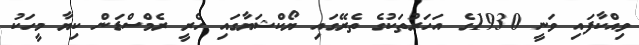
ވިއްކާފައި ވަނީ 1930ގެ އަހަރުތަކުގެ ތެރޭގައި ޔޯކްޝަޔާގައި ހެރީ ރެމްސްޑަން ކިޔާ މީހަކު